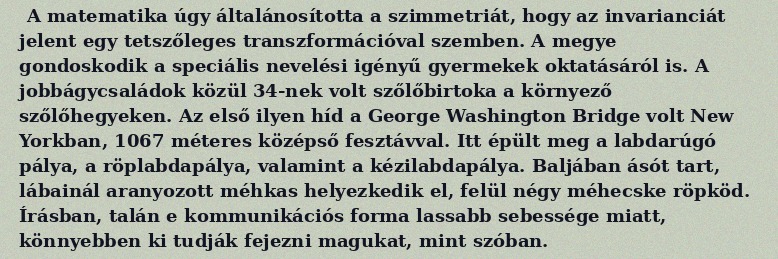
A matematika úgy általánosította a szimmetriát, hogy az invarianciát jelent egy tetszőleges transzformációval szemben. A megye gondoskodik a speciális nevelési igényű gyermekek oktatásáról is. A jobbágycsaládok közül 34-nek volt szőlőbirtoka a környező szőlőhegyeken. Az első ilyen híd a George Washington Bridge volt New Yorkban, 1067 méteres középső fesztávval. Itt épült meg a labdarúgó pálya, a röplabdapálya, valamint a kézilabdapálya. Baljában ásót tart, lábainál aranyozott méhkas helyezkedik el, felül négy méhecske röpköd. Írásban, talán e kommunikációs forma lassabb sebessége miatt, könnyebben ki tudják fejezni magukat, mint szóban.